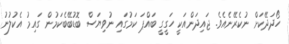
ހޯދަދޭކަށް ނުކެރޭނެއެވެ. ޖައިދަންއަކީ ހަގީގީ ބައްޕަ ކަމުގައި ނުވިޔަސް ބޮޑުބޭބެކަމުން ގައިމު އެކުލުނު